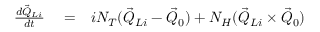
\begin{array} { r l r } { \frac { d \vec { Q } _ { L i } } { d t } } & { { } = } & { i N _ { T } ( \vec { Q } _ { L i } - \vec { Q } _ { 0 } ) + N _ { H } ( \vec { Q } _ { L i } \times \vec { Q } _ { 0 } ) } \end{array}